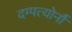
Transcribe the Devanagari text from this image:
दम्पत्योर्नौ